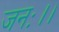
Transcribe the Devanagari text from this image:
जनः।।